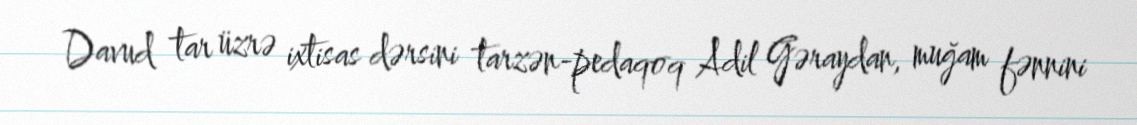
Davud tar üzrə ixtisas dərsini tarzən-pedaqoq Adil Gəraydan, muğam fənnini